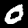
Digit: 0